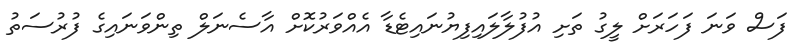
ފަސް ވަނަ ފަހަރަށް ލީގު ތަށި އުފުލާލައިފިޔުނައިޓެޑާ އެއްވަރުކޮށް އާސެނަލް ތިންވަނައިގެ ފުރުސަތު